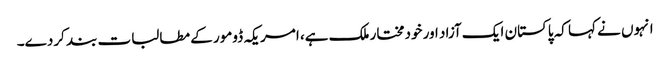
انہوں نے کہا کہ پاکستان ایک آزاد اور خودمختار ملک ہے، امریکہ ڈومور کے مطالبات بند کردے۔